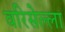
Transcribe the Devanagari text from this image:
वरिसेल्ला